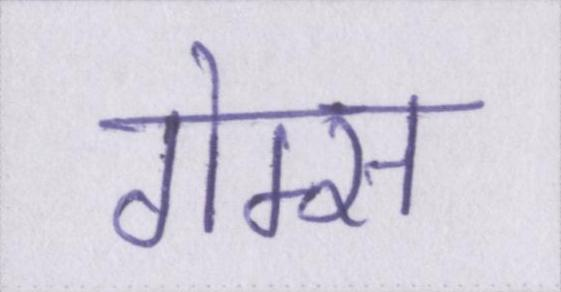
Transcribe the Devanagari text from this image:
गेम्स